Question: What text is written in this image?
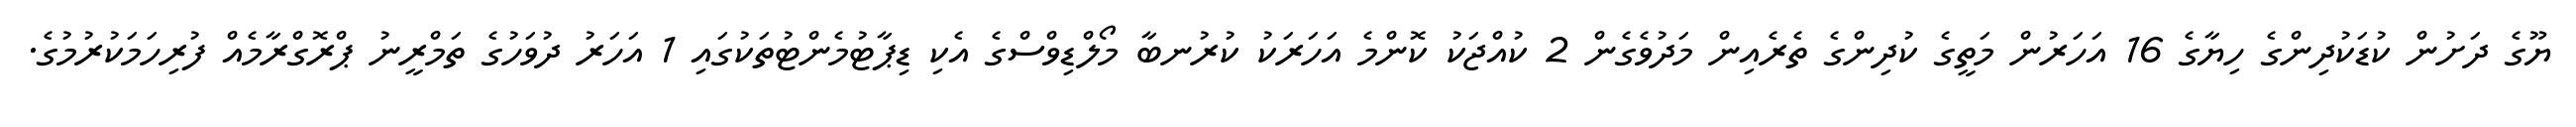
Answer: ޔޫގެ ދަށުން ކުޑަކުދިންގެ ހިޔާގެ 16 އަހަރުން މަތީގެ ކުދިންގެ ތެރެއިން މަދުވެގެން 2 ކުއްޖަކު ކޮންމެ އަހަރަކު ކުރުނބާ މޯލްޑިވްސްގެ އެކި ޑިޕާޓުމެންޓުތަކުގައި 1 އަހަރު ދުވަހުގެ ތަމްރީނު ޕްރޮގްރާމެއް ފުރިހަމަކުރުމުގެ.